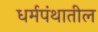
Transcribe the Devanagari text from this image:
धर्मपंथातील